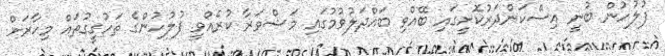
ފުލުހުން ބުނީ އިސްކަންދަރުކޮށީގައި ބޭއްވި ބައްދަލުވުމުގައި މަޝްވަރާ ކުރެއްވީ ފުލުހުންގެ ތަހުގީގުތައް މިހާރަށް